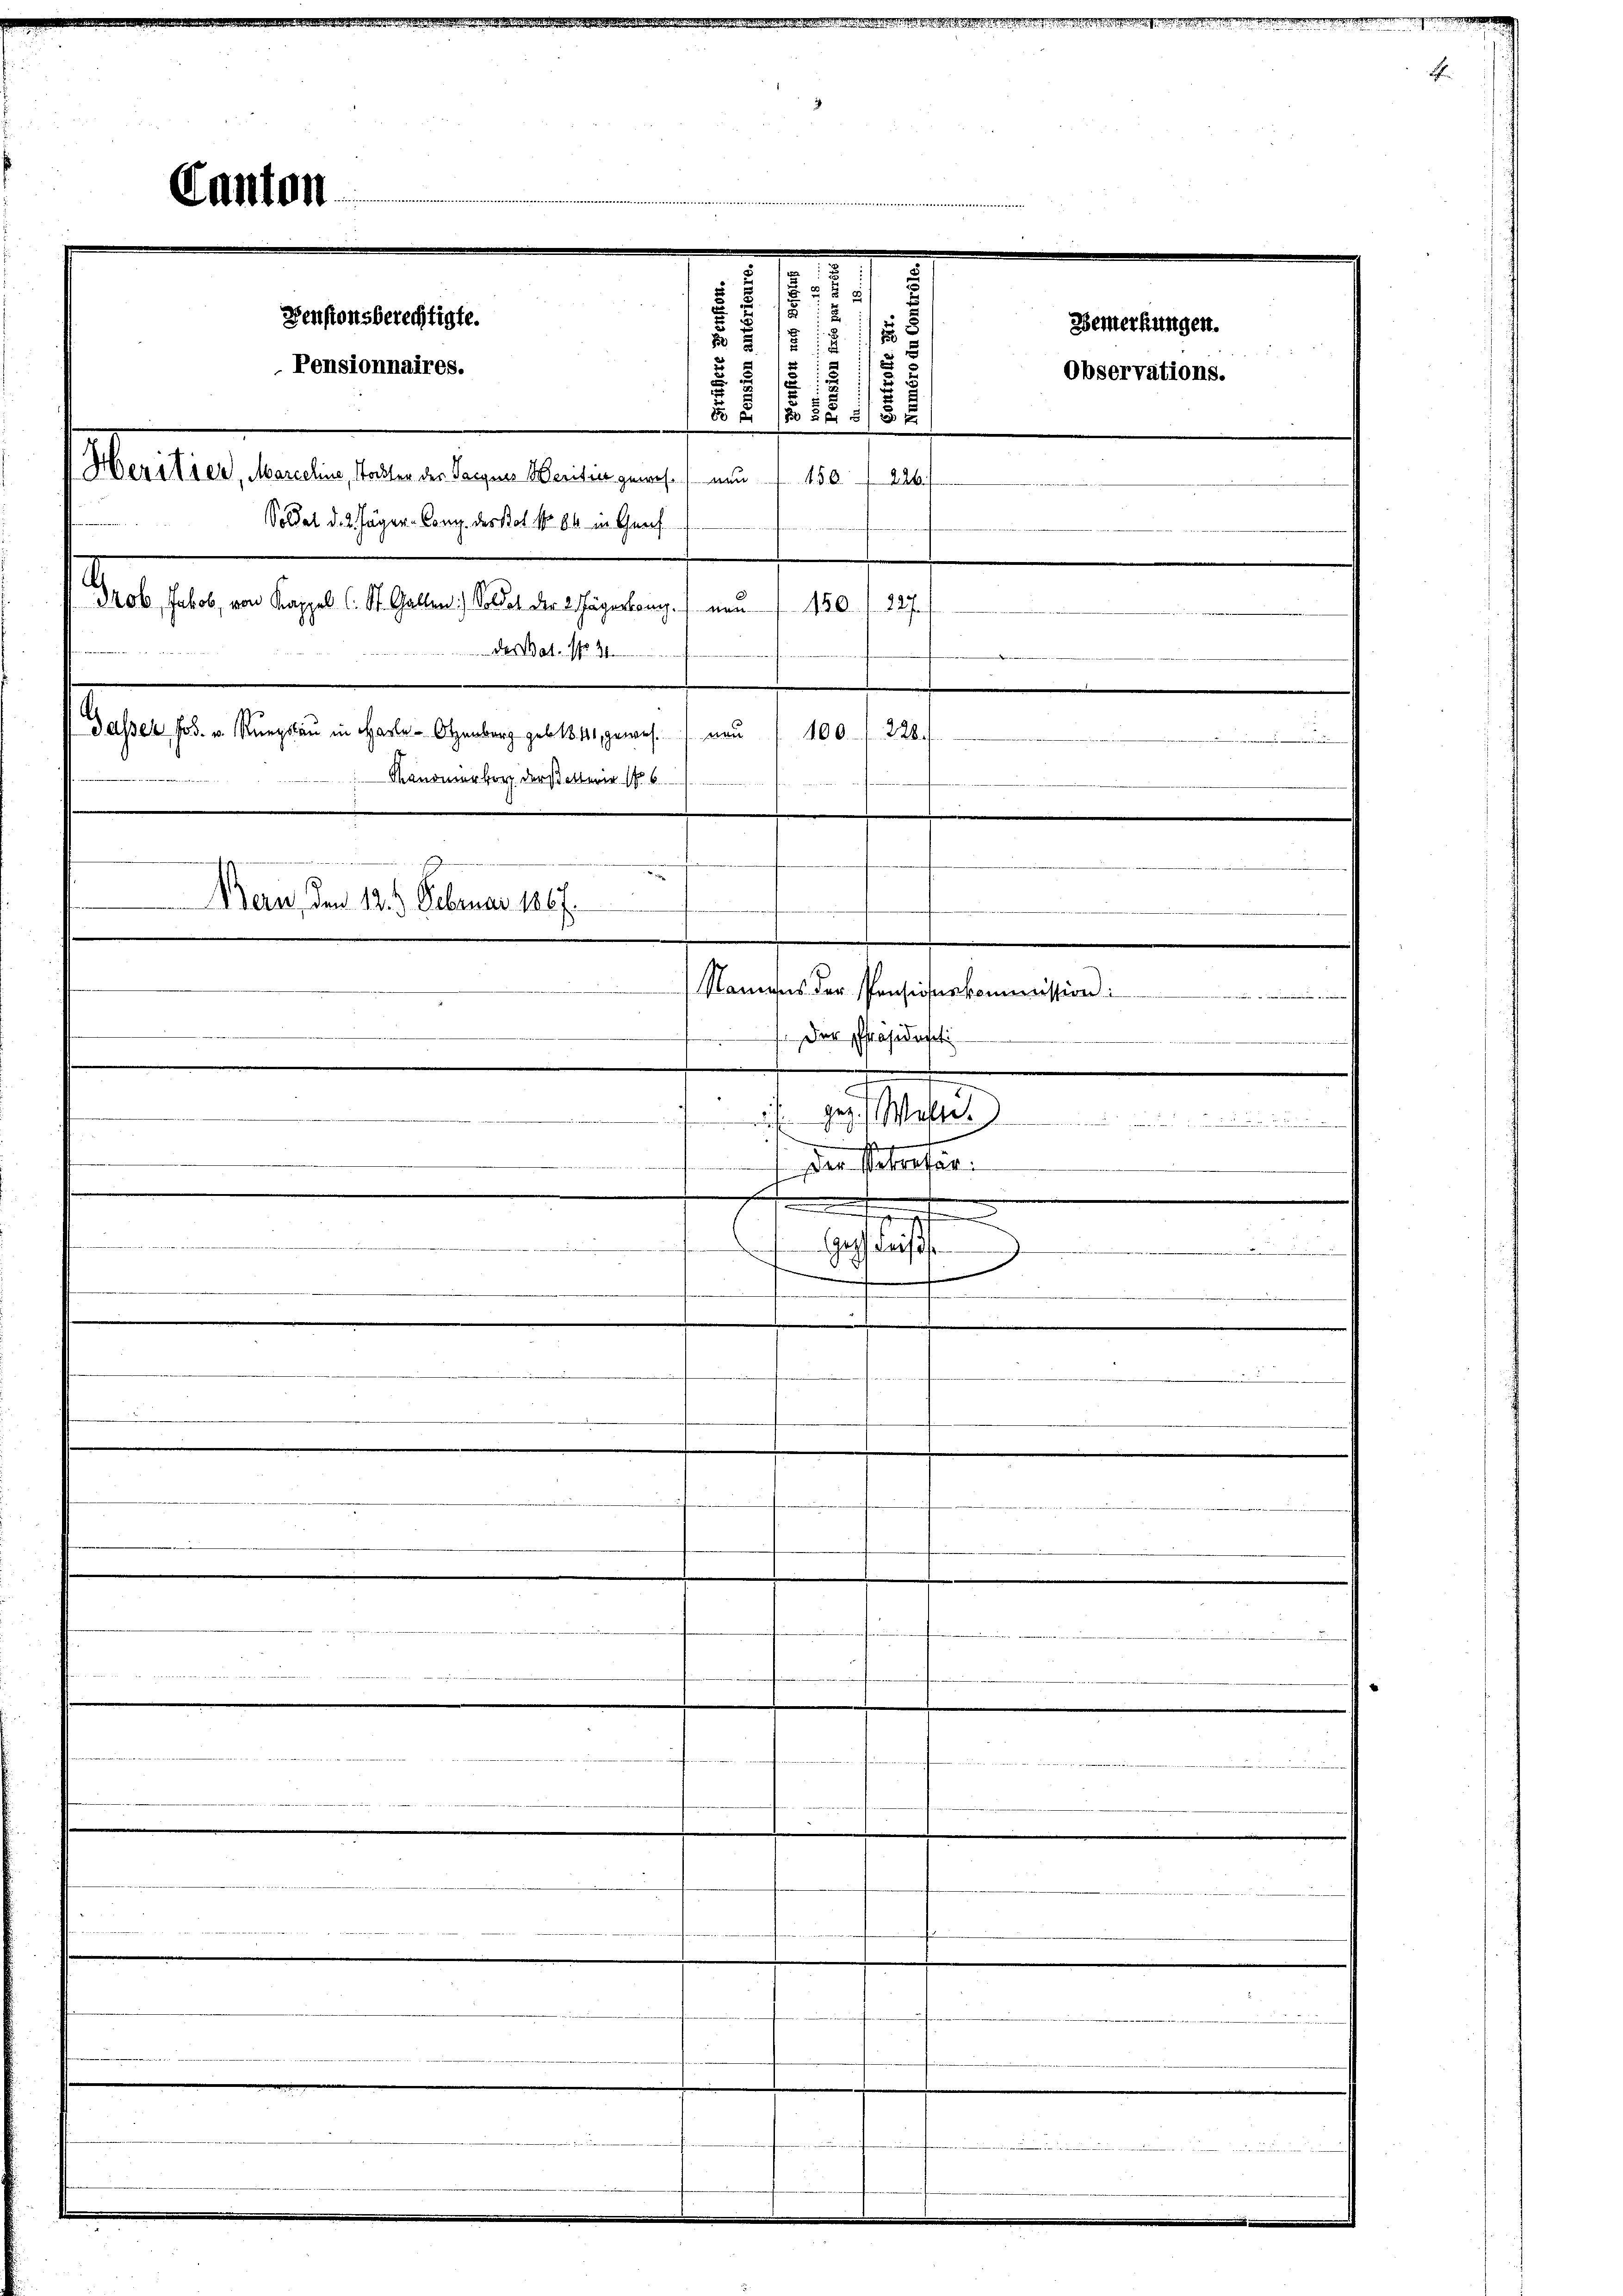
des Bat. No. 31.
Dasser Jos. v. Thurgau in Harle - Otzenberg geb. 1841, gewes. neu
100. 228:
Kanomorborg derstellerer S. 6

Canton

Densionsberechtigte.
Pensionnaires.
Herstier, Marcchine, Stockter des Tacques Meritier gewesenen
Soldat d. 2. Jäger-Cong. des Stol. No. 86 in Graf
Grob, Jakob, von Kappel (: St. Gallen: Soldat der 2. Jägerlang neu 1501. 227.

w
122
2
2
d
.
1
8:
e
.
2
E
8 § 120 § 55 x
450. 226.

Bern, den 12. 3. Februar 1867.

.

.

 d   er
.
denen es in

Namens der Pensionskommission.
 Der Präsidensati
geg. Wesen.
d
s
f. der Strafer.
s
f
en

Bemerkungen.
Observations.

.

B